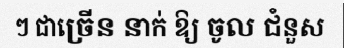
ៗ ជាច្រើន នាក់ ឱ្យ ចូល ជំនួស